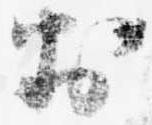
於